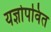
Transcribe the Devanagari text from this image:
यज्ञोपवित